Indian Civil Veterinary Department memoirs
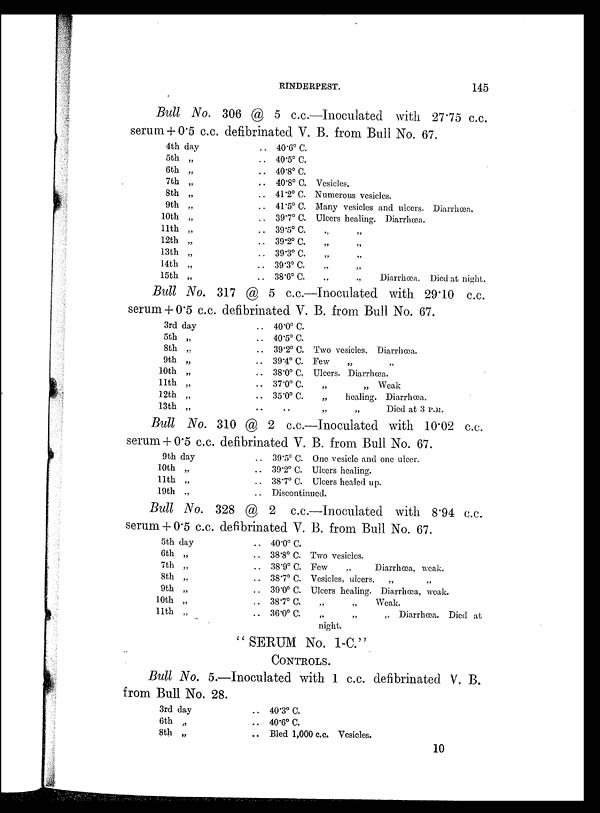
RINDERPEST.
145
Bull No. 306 @ 5 c.c.—Inoculated with 27.75 c.c.
serum + 0.5 c.c. defibrinated V. B. from Bull No. 67.
4th day
5th „
6th „
7th „
8th „
9th „
10th „
11th „
12th „
13th „
14th „
15th „
.. 40.6º C.
.. 40.5º C.
.. 40.8º C.
.. 40.8º C. Vesicles.
.. 41.2º C. Numerous vesicles.
.. 41.5º C. Many vesicles and ulcers. Diarrhœa.
.. 39.7º C. Ulcers healing. Diarrhœa.
.. 39.5º C. „ „
.. 39.2º C. „ „
.. 39.3º C. „ „
.. 39.3º C. „ „
.. 38.6º C.
„
„
Diarrhœa.
Died at night.
Bull No. 317 @ 5 c.c.—Inoculated with 29.10 c.c.
serum + 0.5 c.c. defibrinated V. B. from Bull No. 67.
3rd day
5th „
8th „
9th „
10th „
11th „
12th „
13th „
.. 40.0º C.
.. 40.5º C.
.. 39.2º C. Two vesicles. Diarrhœa.
.. 39.4º C. Few
„ „
.. 38.0º C. Ulcers. Diarrhœa.
.. 37.0º C.
„
„ Weak
.. 35.0º C.
„
healing. Diarrhœa.
.. .. „
„
Died at 3 P.M.
Bull No. 310 @ 2 c.c.—Inoculated with 10.02 c.c.
serum + 0.5 c.c. defibrinated V. B. from Bull No. 67.
9th day
10th „
11th „
19th „
.. 39.5º C. One vesicle and one ulcer.
.. 39.2º C. Ulcers healing.
.. 387º C. Ulcers healed up.
.. Discontinued.
Bull No. 328 @ 2 c.c.—Inoculated with 8.94 c.c.
serum + 0.5 c.c. defibrinated V. B. from Bull No. 67.
5th day
6th „
7th „
8th „
9th „
10th „
11th „
.. 40.0º C.
.. 38.8º C. Two vesicles.
.. 38.9º C. Few
„
Diarrhœa,
weak.
.. 38.7º C. Vesicles, ulcers.
„
„
.. 39.0º C. Ulcers healing. Diarrhœa, weak.
.. 38.7º C. „
„
Weak.
.. 36.0º C.
„
„
„ Diarrhœa. Died at
night.
"SERUM No. 1-C."
CONTROLS.
Bull No. 5.—Inoculated with 1 c.c. defibrinated V. B.
from Bull No. 28.
3rd day
6th „
8th „
.. 40.3º C.
.. 40.6º C.
.. Bled 1,000 c.c. Vesicles.
10